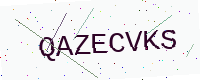
Text: QAZECVKS